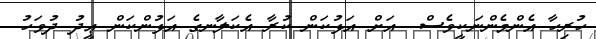
ހުރިހާ އެންމެންނަކީވެސް  އަށް އަޅުކަން ކުރާ އެކަލާނގެ އަޅުންކަން ޢީދު ދުވަހު